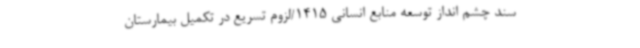
سند چشم انداز توسعه منابع انسانی 1415/لزوم تسریع در تکمیل بیمارستان